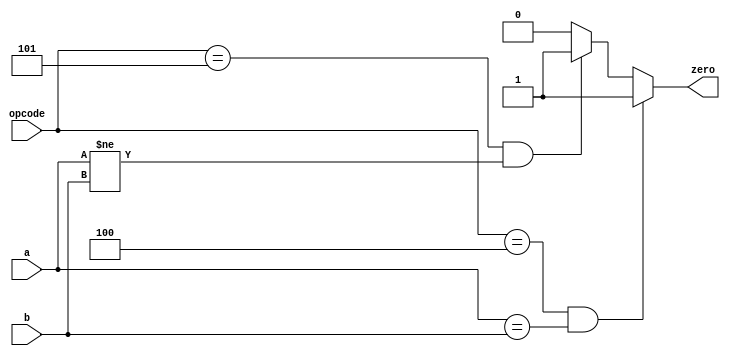
module branch_equ( opcode, zero, a, b );

    parameter BEQ = 6'd4;
    parameter BNE = 6'd5;

    input  [5:0] opcode;
    input  [31:0] a, b;
    output zero ;

    assign zero = (opcode == BEQ && a == b) ? 1'b1 :
		  (opcode == BNE && a != b) ? 1'b1 : 1'b0;

endmodule